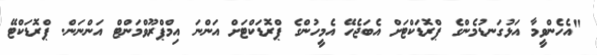
"އެހެންވީމާ އަޅުގަނޑުމެންގެ ޕްރޮޑަކްޓަށް އެބަޖެހޭ އެމީހުންގެ ޕްރޮޑަކްޓަށް އަންނަ އިމްޕްރޫވްމަންޓް އަންނަން. ޕްރޮޑަކްޓޭ